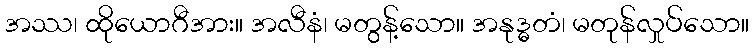
အဿ၊ ထိုယောဂီအား။ အလီနံ၊ မတွန့်သော။ အနုဒ္ဓတံ၊ မတုန်လှုပ်သော။